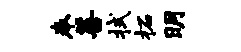
奉善拭柘明